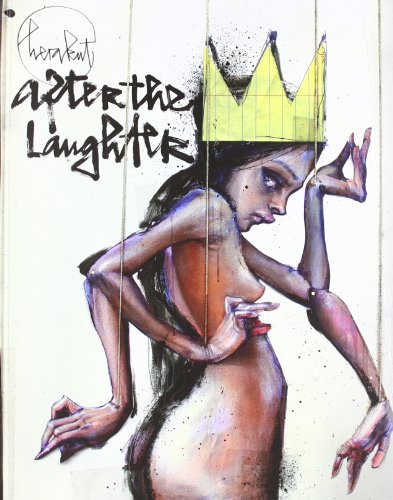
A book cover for Herakut: After the Laughter; Herakut; Arts & Photography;